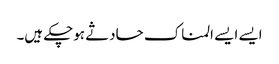
ایسے ایسے المناک حادثے ہوچکے ہیں۔